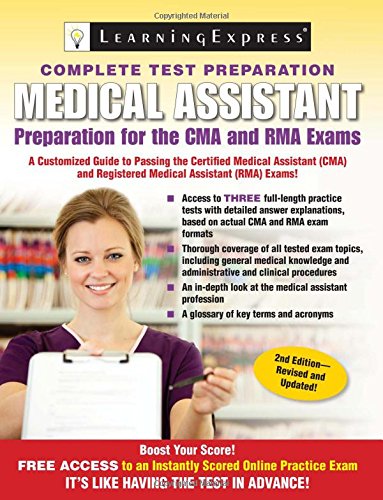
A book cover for Medical Assistant Exam: Preparation for the CMA and RMA Exams; LLC LearningExpress; Medical Books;